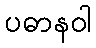
ပဓာနဝါ